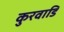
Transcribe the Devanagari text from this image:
कुरवाडि